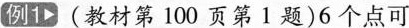
例1（教材第100页第1题）6个点可